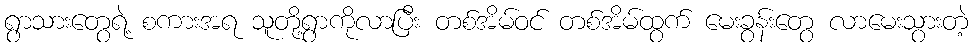
ရွာသားတွေရဲ့ စကားအရ သူတို့ရွာကိုလာပြီး တစ်အိမ်ဝင် တစ်အိမ်ထွက် မေးခွန်းတွေ လာမေးသွားတဲ့